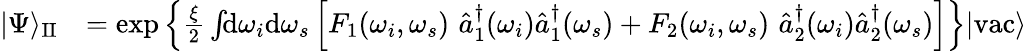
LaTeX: \begin{array}{rl}{|\Psi\rangle_{\mathrm{II}}}&{=\exp\left\{ \frac{\xi}{2}\int\! \! \mathrm{d}\omega_{i}\mathrm{d}\omega_{s}\left[F_{1}(\omega_{i},\omega_{s})\, \, \hat{a}_{1}^{\dagger}(\omega_{i})\hat{a}_{1}^{\dagger}(\omega_{s})+F_{2}(\omega_{i},\omega_{s})\, \, \hat{a}_{2}^{\dagger}(\omega_{i})\hat{a}_{2}^{\dagger}(\omega_{s})\right]\right\} |\mathrm{vac}\rangle}\end{array}